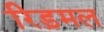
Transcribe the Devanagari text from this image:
रिड़मल